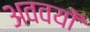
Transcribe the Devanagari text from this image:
अववयों